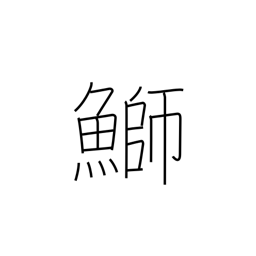
Meaning: yellowtail